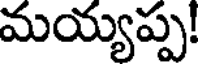
మయ్యప్ప!